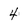
Character: 4